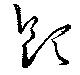
飮